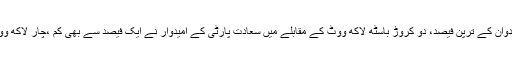
طیب اردوان کے ترپن فیصد، دو کروڑ باسٹھ لاکھ ووٹ کے مقابلے میں سعادت پارٹی کے امیدوار نے ایک فیصد سے بھی کم ،چار لاکھ ووٹ لئے۔